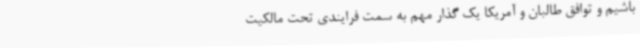
باشیم و توافق طالبان و آمریکا یک گذار مهم به سمت فرایندی تحت مالکیت